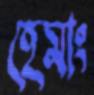
হেমাং